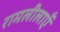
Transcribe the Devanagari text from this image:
रामलीलाएँ